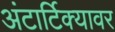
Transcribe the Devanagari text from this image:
अंटार्टिक्यावर